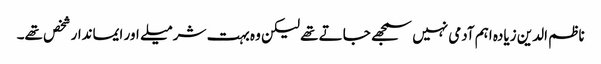
ناظم الدین زیادہ اہم آدمی نہیں سمجھے جاتے تھے لیکن وہ بہت شرمیلے اور ایماندار شخص تھے۔